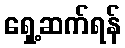
ရှေ့ဆက်ရန်